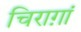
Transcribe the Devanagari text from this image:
चिराग़ां